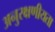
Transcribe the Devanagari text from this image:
अनुरक्षणीयता